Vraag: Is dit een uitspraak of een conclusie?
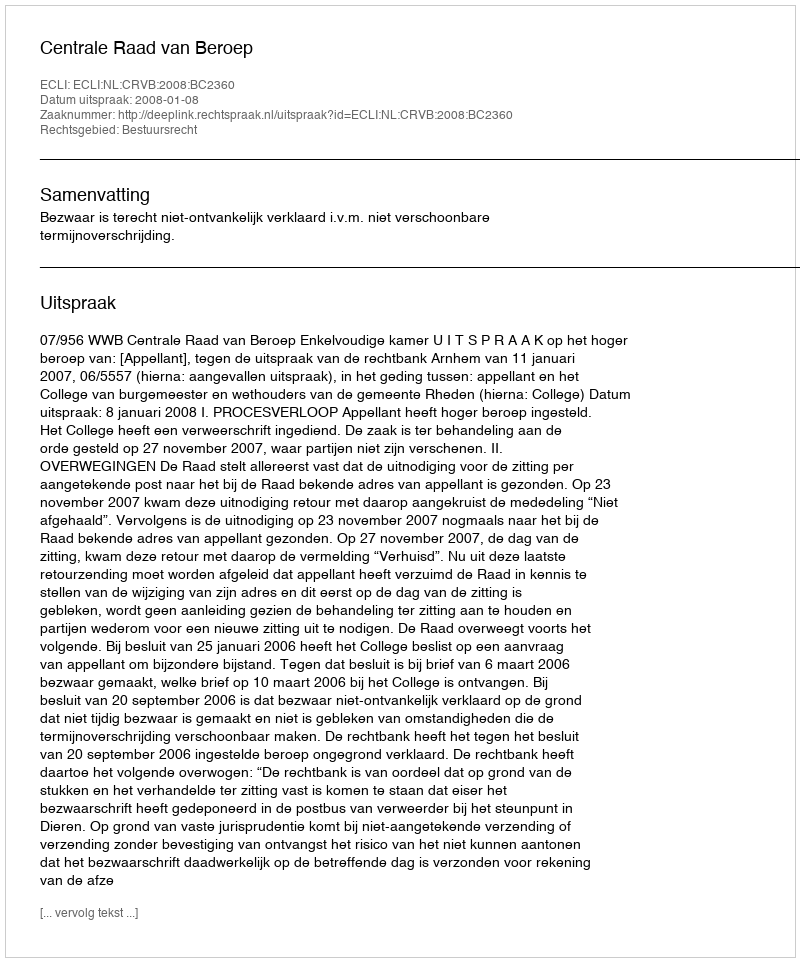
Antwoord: Uitspraak